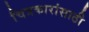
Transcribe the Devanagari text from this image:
चित्रकारांसाठी